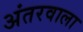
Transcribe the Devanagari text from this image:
अंतरवाला